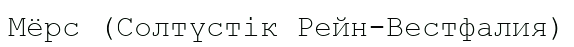
Мёрс (Солтүстік Рейн-Вестфалия)